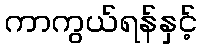
ကာကွယ်ရန်နှင့်